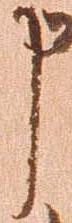
申